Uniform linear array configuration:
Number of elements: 64
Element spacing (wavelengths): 1
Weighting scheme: binomial
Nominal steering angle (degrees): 45
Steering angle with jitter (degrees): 43.85
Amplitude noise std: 0.05
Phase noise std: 0.05

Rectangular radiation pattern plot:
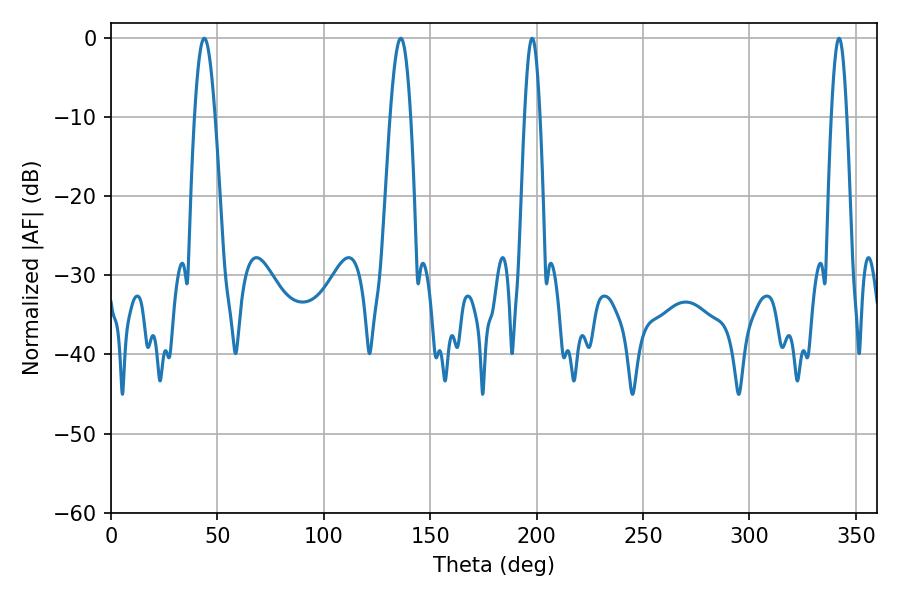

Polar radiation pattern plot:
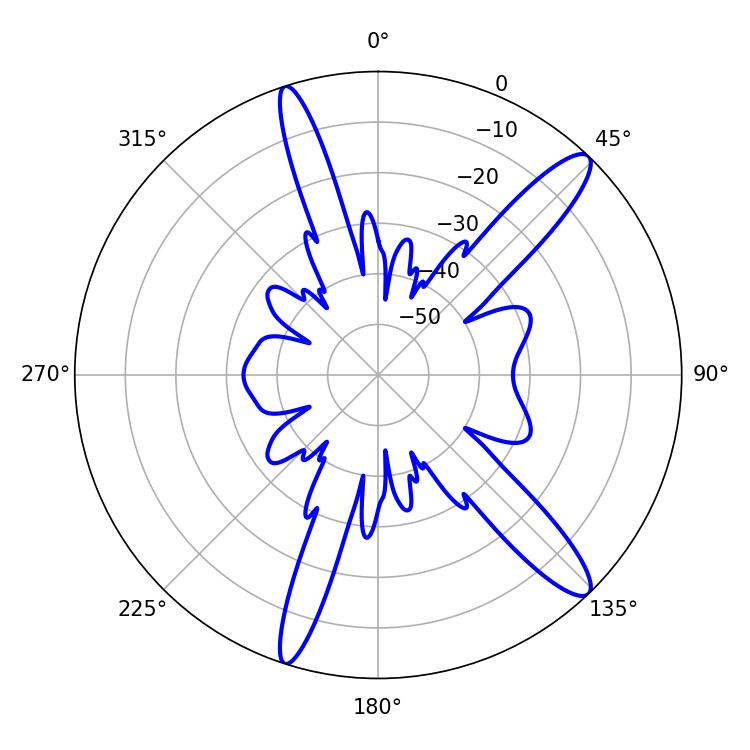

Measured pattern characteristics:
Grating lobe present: TRUE
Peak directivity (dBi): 13.357
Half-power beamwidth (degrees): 5.04
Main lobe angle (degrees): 43.92